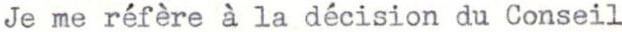
Je me réfère a la décision du Conseil